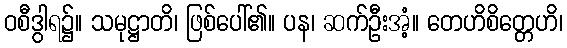
ဝစီဒွါရ၌။ သမုဋ္ဌာတိ၊ ဖြစ်ပေါ်၏။ ပန၊ ဆက်ဦးအံ့။ တေဟိစိတ္တေဟိ၊